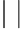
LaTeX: \left|~\right|